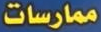
ممارسات